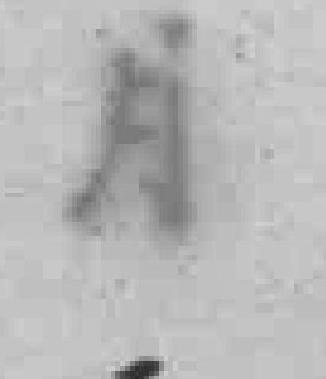
月